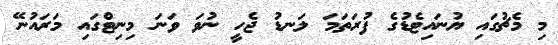
މި މެޗުގައި ޔުނައިޓެޑުގެ ފުރަތަމަ ލަނޑު ޖެހީ ނުވަ ވަނަ މިނިޓްގައި މަރައުނޭ